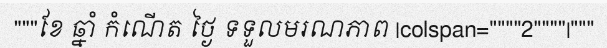
"""ខែ ឆ្នាំ កំណើត ថ្ងៃ ទទួលមរណភាព |colspan=""""2""""|"""